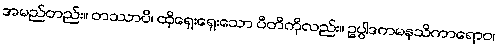
အမည်တည်း။ တဿာပိ၊ ထိုရှေးရှေးသော ပီတိကိုလည်း။ ဥပ္ပါဒကမနသိကာရောဝ၊